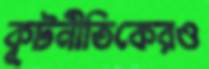
কূটনীতিকেরও